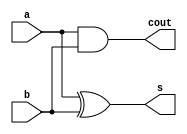
module halfAdderDFM (
    a, b, s, cout
);
input a, b;
output s, cout;
wire w1, w2, w3;

assign s = a^b;
assign cout = a&b;
    
endmodule

module halfAdderDFMTestBench;
reg a,b;
wire s, cout;

halfAdderDFM i(a,b,s,cout);

initial begin
    a=1'b0;
    b=1'b0;

    $monitor("Time: %0t, a=%b, b=%b, s=%b, cout=%b", $time, a, b, s, cout);
    #5 a=1'b0; b=1'b0;
    #5 a=1'b0; b=1'b1;
    #5 a=1'b1; b=1'b0;
    #5 a=1'b1; b=1'b1;

end
endmodule